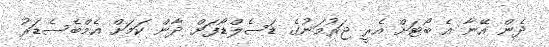
ދެން އޭނާ އެ ބޯޓަށް އެރީ ޖަރުމަނުގެ ޑަސެލްޑޯފަށް ދާން ކަމަށް އެމްބެސެޑަރު